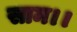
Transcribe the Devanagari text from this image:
साम।।